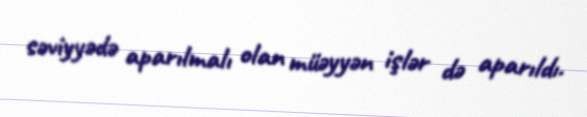
səviyyədə aparılmalı olan müəyyən işlər də aparıldı.